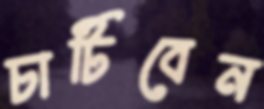
চাটিবেন